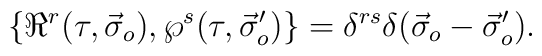
\{\Re^r(\tau,\vec{\sigma}_o),\wp^s(\tau,\vec{\sigma}'_o)\}=\delta^{rs}\delta(\vec{\sigma}_o-\vec{\sigma}'_o).